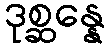
ဒုစ္ဆန္နေ